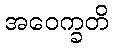
အဝေက္ခတိ